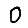
Digit: 0